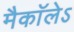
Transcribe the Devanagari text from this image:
मैकाॅलेऽ